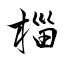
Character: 椔